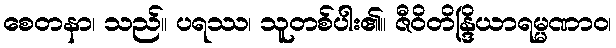
စေတနာ၊ သည်။ ပရဿ၊ သူတစ်ပါး၏။ ဇီဝိတိန္ဒြိယာရမ္မဏာဝ၊